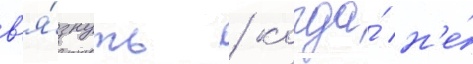
в'я́знуть / когда́ н'е́